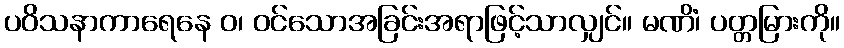
ပဝိသနာကာရေနေ ဝ၊ ဝင်သောအခြင်းအရာဖြင့်သာလျှင်။ မဏိံ၊ ပတ္တမြားကို။